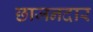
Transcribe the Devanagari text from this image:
छाजनदार